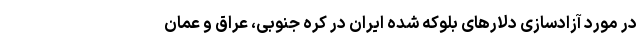
در مورد آزادسازی دلار‌های بلوکه شده ایران در کره جنوبی، عراق و عمان